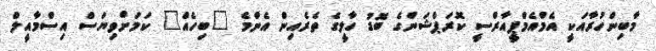
މާބިންހުރާއަކީ އެމްއެމްޕީއާރްސީ ކޮރަޕްޝަންގެ ބޮޑު ހާލީގެ ތެރެއިން އެންމެ "ބިހެއް" ކަމަށްވިޔަސް އިސްމާއީލް